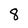
Character: 8